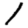
Digit: 1